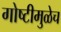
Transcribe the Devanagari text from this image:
गोष्टीमुळेच